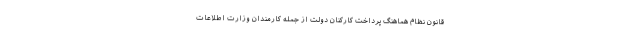
قانون نظام هماهنگ پرداخت کارکنان دولت از جمله کارمندان وزارت اطلاعات